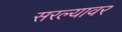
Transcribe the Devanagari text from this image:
सरल्यावर